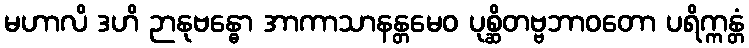
မဟာလိ ဒဟိ ဉာနုဗန္ဓော အာကာသာနန္တမေဝ ပုစ္ဆိတဗ္ဗဘာဝတော ပရိက္ကန္တံ